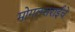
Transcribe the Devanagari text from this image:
मोगलसराईचे